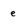
Character: e